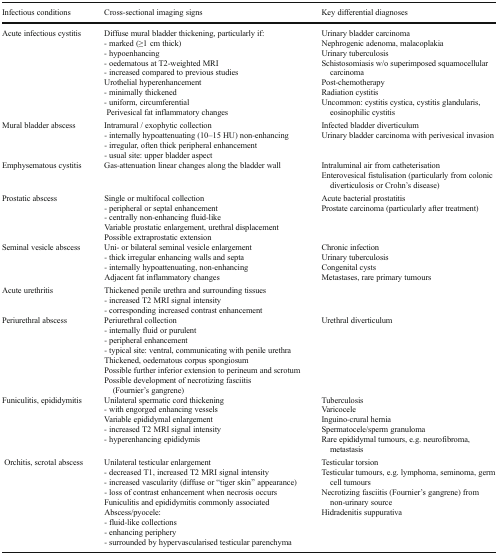
<table><thead><tr><td><b>Infectious conditions</b></td><td><b>Cross-sectional imaging signs</b></td><td><b>Key differential diagnoses</b></td></tr></thead><tbody><tr><td>Acute infectious cystitis</td><td>Diffuse mural bladder thickening, particularly if:- marked (≥1 cm thick)- hypoenhancing- oedematous at T2-weighted MRI- increased compared to previous studiesUrothelial hyperenhancement- minimally thickened- uniform, circumferential Perivesical fat inflammatory changes</td><td>Urinary bladder carcinomaNephrogenic adenoma, malacoplakiaUrinary tuberculosisSchistosomiasis w/o superimposed squamocellular carcinomaPost-chemotherapyRadiation cystitisUncommon: cystitis cystica, cystitis glandularis, eosinophilic cystitis</td></tr><tr><td>Mural bladder abscess</td><td>Intramural / exophytic collection- internally hypoattenuating (10–15 HU) non-enhancing- irregular, often thick peripheral enhancement- usual site: upper bladder aspect</td><td>Infected bladder diverticulumUrinary bladder carcinoma with perivesical invasion</td></tr><tr><td>Emphysematous cystitis</td><td>Gas-attenuation linear changes along the bladder wall</td><td>Intraluminal air from catheterisationEnterovesical fistulisation (particularly from colonic diverticulosis or Crohn’s disease)</td></tr><tr><td>Prostatic abscess</td><td>Single or multifocal collection- peripheral or septal enhancement- centrally non-enhancing fluid-likeVariable prostatic enlargement, urethral displacementPossible extraprostatic extension</td><td>Acute bacterial prostatitisProstate carcinoma (particularly after treatment)</td></tr><tr><td>Seminal vesicle abscess</td><td>Uni- or bilateral seminal vesicle enlargement- thick irregular enhancing walls and septa- internally hypoattenuating, non-enhancingAdjacent fat inflammatory changes</td><td>Chronic infectionUrinary tuberculosisCongenital cystsMetastases, rare primary tumours</td></tr><tr><td>Acute urethritis</td><td>Thickened penile urethra and surrounding tissues- increased T2 MRI signal intensity- corresponding increased contrast enhancement</td><td></td></tr><tr><td>Periurethral abscess</td><td>Periurethral collection- internally fluid or purulent- peripheral enhancement- typical site: ventral, communicating with penile urethraThickened, oedematous corpus spongiosumPossible further inferior extension to perineum and scrotumPossible development of necrotizing fasciitis (Fournier’s gangrene)</td><td>Urethral diverticulum</td></tr><tr><td>Funiculitis, epididymitis</td><td>Unilateral spermatic cord thickening- with engorged enhancing vesselsVariable epididymal enlargement- increased T2 MRI signal intensity- hyperenhancing epididymis</td><td>TuberculosisVaricoceleInguino-crural herniaSpermatocele/sperm granulomaRare epididymal tumours, e.g. neurofibroma, metastasis</td></tr><tr><td> Orchitis, scrotal abscess</td><td>Unilateral testicular enlargement- decreased T1, increased T2 MRI signal intensity- increased vascularity (diffuse or “tiger skin” appearance)- loss of contrast enhancement when necrosis occursFuniculitis and epididymitis commonly associatedAbscess/pyocele:- fluid-like collections- enhancing periphery- surrounded by hypervascularised testicular parenchyma</td><td>Testicular torsionTesticular tumours, e.g. lymphoma, seminoma, germ cell tumoursNecrotizing fasciitis (Fournier’s gangrene) from non-urinary sourceHidradenitis suppurativa</td></tr></tbody></table>